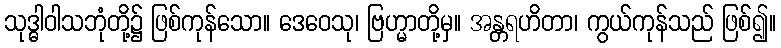
သုဒ္ဓါဝါသဘုံတို့၌ ဖြစ်ကုန်သော။ ဒေဝေသု၊ ဗြဟ္မာတို့မှ။ အန္တရဟိတာ၊ ကွယ်ကုန်သည် ဖြစ်၍။